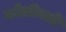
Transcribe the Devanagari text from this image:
कोलीवली